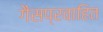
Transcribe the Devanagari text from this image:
गैसप्रवाहित